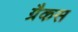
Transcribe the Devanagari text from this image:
ग्रैकस